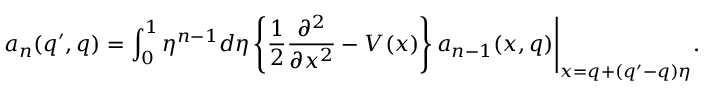
a _ { n } ( q ^ { \prime } , q ) = \int _ { 0 } ^ { 1 } \eta ^ { n - 1 } d \eta \left\{ \frac { 1 } { 2 } \frac { \partial ^ { 2 } } { \partial x ^ { 2 } } - V ( x ) \right\} a _ { n - 1 } ( x , q ) \Biggl . \Biggr | _ { x = q + ( q ^ { \prime } - q ) \eta } .